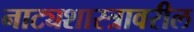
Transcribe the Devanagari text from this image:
नाट्यशास्त्रावरील